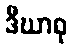
ဒီဃာဝု